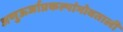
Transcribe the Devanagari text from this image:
अणुऊर्जाप्रकल्पांभोवताली